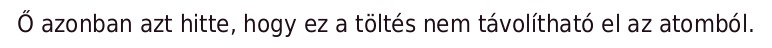
Ő azonban azt hitte, hogy ez a töltés nem távolítható el az atomból.